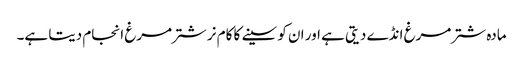
مادہ شتر مرغ انڈے دیتی ہے اور ان کو سینے کا کام نر شترمرغ انجام دیتا ہے۔